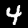
Label: 4